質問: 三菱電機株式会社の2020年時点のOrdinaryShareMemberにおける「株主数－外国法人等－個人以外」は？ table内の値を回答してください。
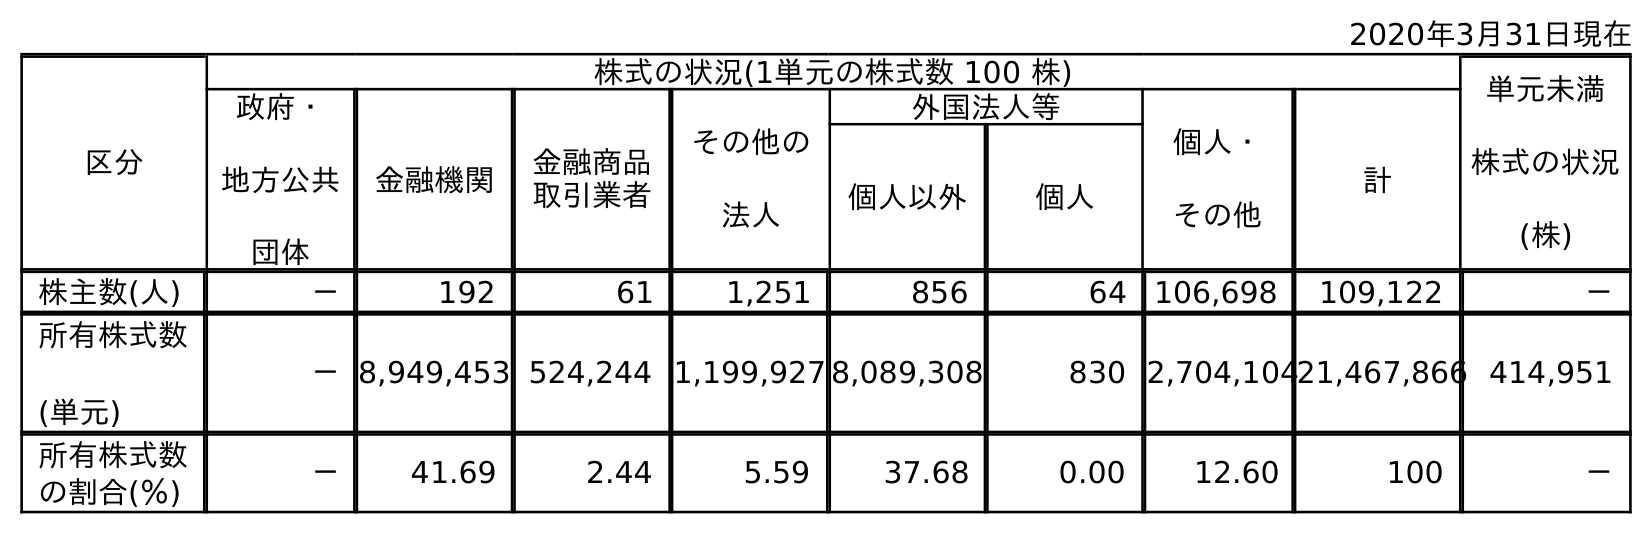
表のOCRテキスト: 2020年3月31日現在 区分 株式の状況(1単元の株式数 100 株) 単元未満 株式の状況 (株) 政府・ 地方公共 団体 金融機関 金融商品 取引業者 その他の 法人 外国法人等 個人・ その他 計 個人以外 個人 株主数(人) － 192 61 1,251 856 64 106,698 109,122 － 所有株式数 (単元) －8,949,453 524,244 1,199,927 8,089,308 830 2,704,10421,467,866 414,951 所有株式数 の割合(％) － 41.69 2.44 5.59 37.68 0.00 12.60 100 －
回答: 856